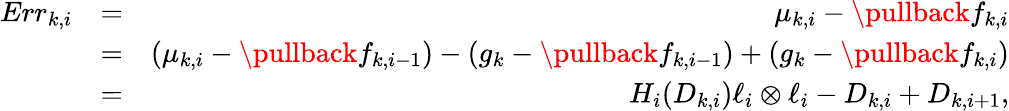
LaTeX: \begin{array}{rlr}{Err_{k,i}}&{=}&{\mu_{k,i}-\pullback{f_{k,i}}}\\ &{=}&{(\mu_{k,i}-\pullback{f_{k,i-1}})-(g_{k}-\pullback{f_{k,i-1}})+(g_{k}-\pullback{f_{k,i}})}\\ &{=}&{H_{i}(D_{k,i})\ell_{i}\otimes\ell_{i}-D_{k,i}+D_{k,i+1},}\end{array}